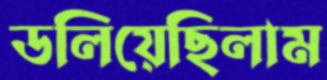
ডলিয়েছিলাম